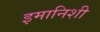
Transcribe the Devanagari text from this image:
इमानिशी